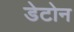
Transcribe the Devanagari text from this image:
डेटोन